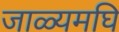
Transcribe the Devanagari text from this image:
जाळ्यमघि